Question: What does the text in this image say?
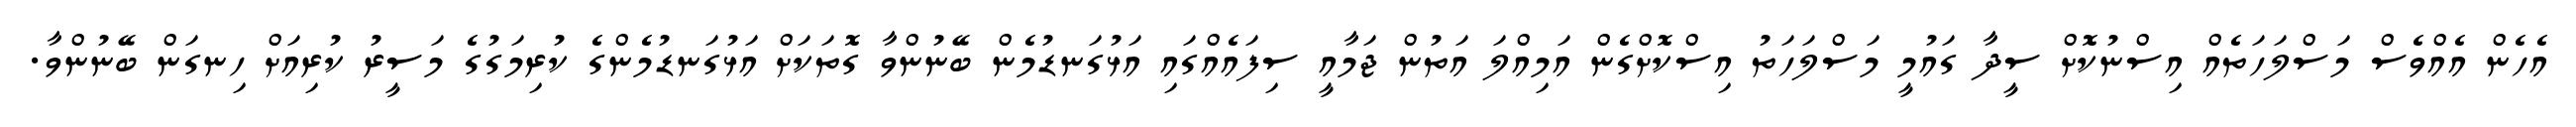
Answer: އެހެން އެއްވެސް މަސްލަހަތެއް އިސްނުކޮށް ސީދާ ގައުމީ މަސްލަހަތު އިސްކޮށްގެން އަމިއްލަ އަތުން ޖަމާއީ ސިފައެއްގައި އަޅުގަނޑުމެން ބޭނުންވާ ގޮތަކަށް އަޅުގަނޑުމެންގެ ކުރިމަގުގެ މަސީރު ކުރިއަށް ހިނގަން ބޭނުންވާ.